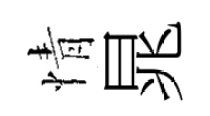
情晁